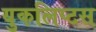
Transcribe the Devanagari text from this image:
युकलिप्टस